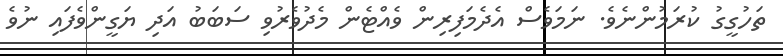
ތަހުގީގު ކުރަމުންނެވެ. ނަމަވެސް އެދެމަފިރިން ވެއްޓެން މެދުވެރުވި ސަބަބު އަދި ޔަގީންވެފައި ނުވެ